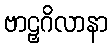
ဗာဠှဂိလာနာ